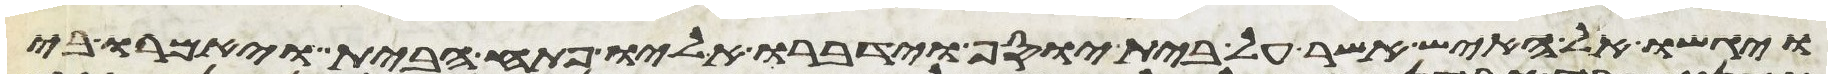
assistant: ויגשו אל האיש אשר על בית יוסף וידברו אליו פתח הבית ויאמרו בי